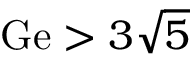
\mathrm { G e } > 3 \sqrt { 5 }